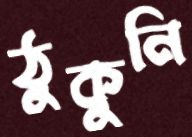
ঠুকুনি